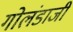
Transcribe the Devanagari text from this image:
गोलंडाजी